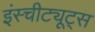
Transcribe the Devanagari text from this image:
इंस्चीट्यूट्स